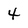
Character: 4